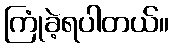
ကြုံခဲ့ရပါတယ်။